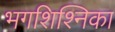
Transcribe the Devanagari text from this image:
भगशिश्निका